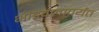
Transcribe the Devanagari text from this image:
भांडवलापर्यंत